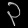
Digit: ၃